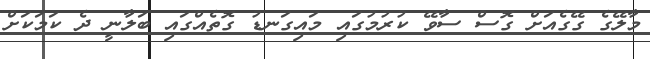
މާލޭގެ ގޭގެއަށް ގޮސް ސާވޭ ކުރުމުގައި މައިގަނޑު ގޮތެއްގައި ބަލާނީ ދެ ކަމަކަށް